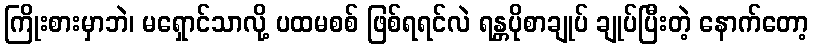
ကြိုးစားမှာဘဲ၊ မရှောင်သာလို့ ပထမစစ် ဖြစ်ရရင်လဲ ရန္တပိုစာချုပ် ချုပ်ပြီးတဲ့ နောက်တော့